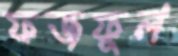
ফজফুল